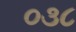
૦૩૮